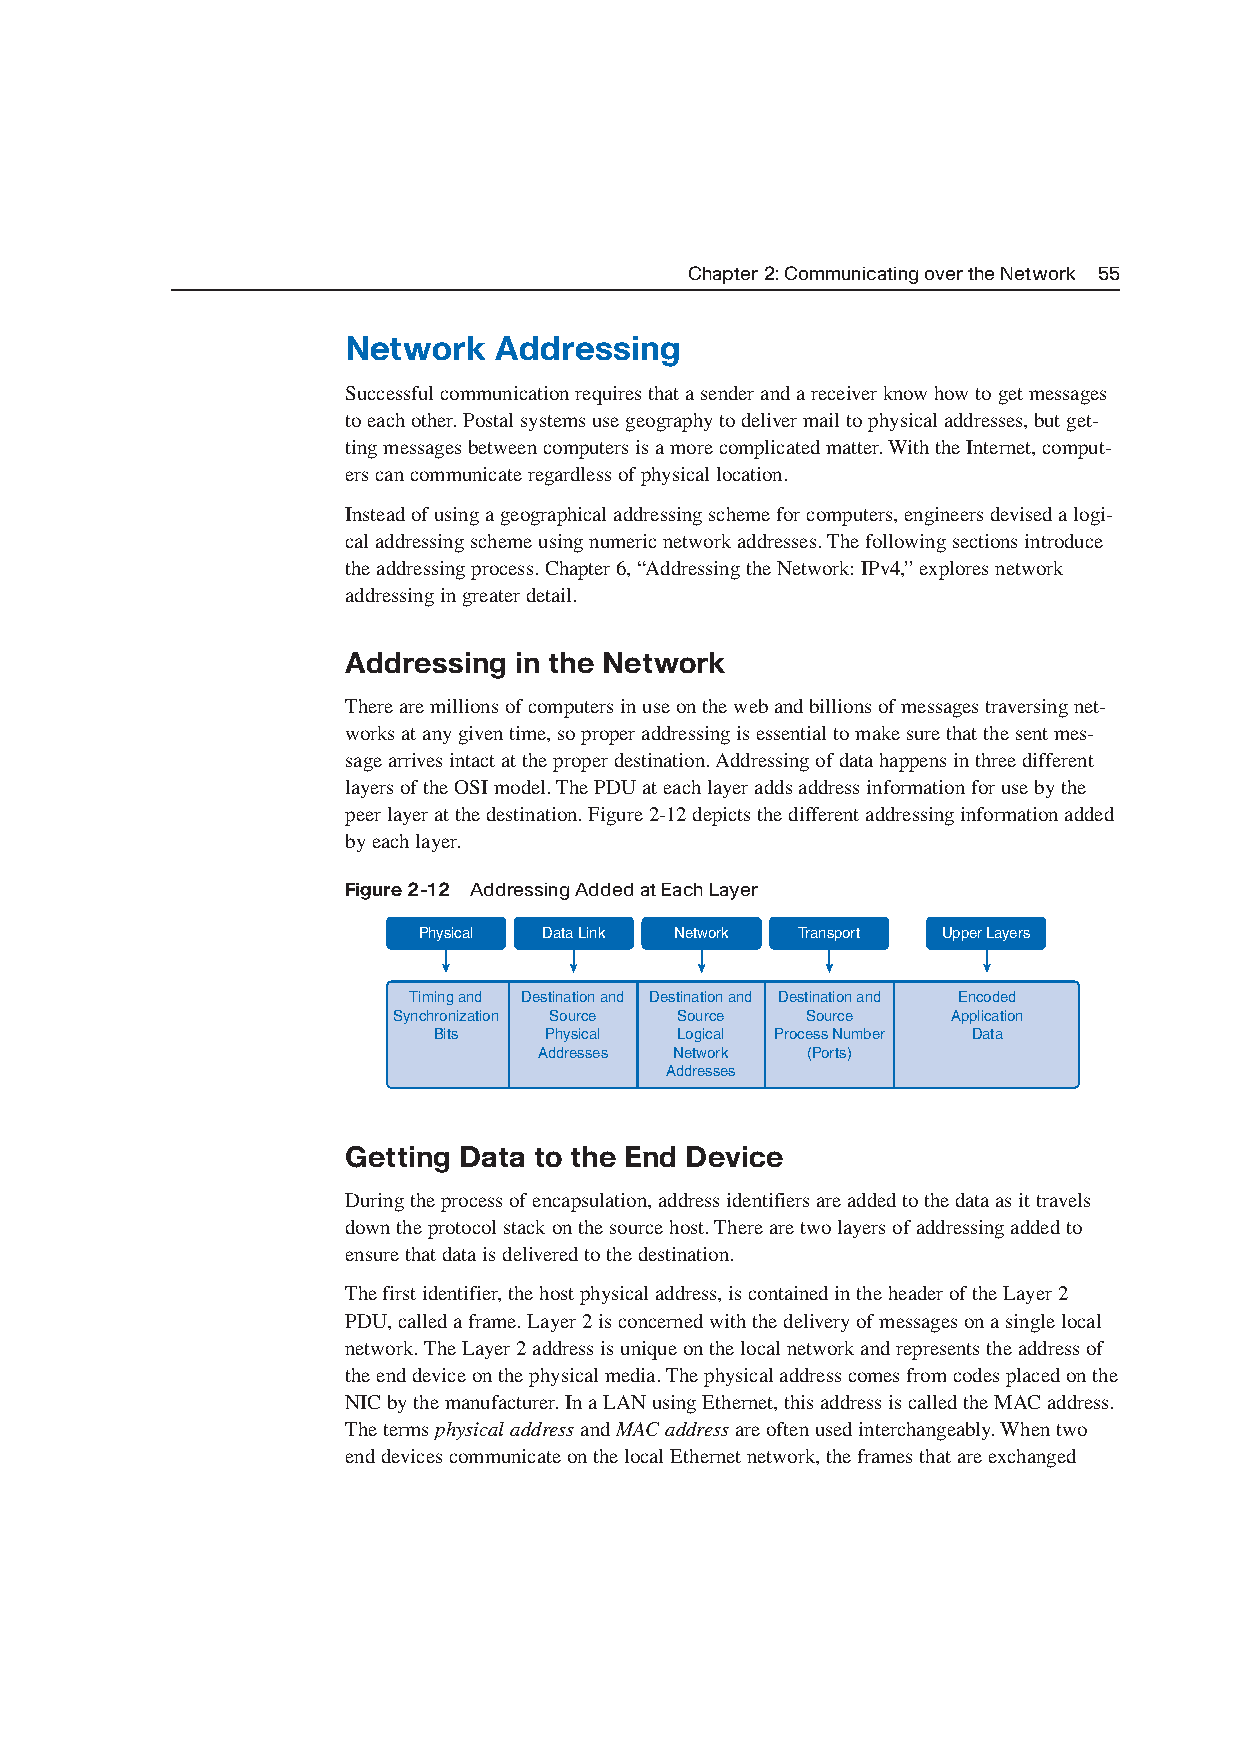
Chapter 2: Communicating over the Network 55
 Network   Addressing
 Successful communication requires that a sender and a receiver know how to get messages
 to each other. Postal systems use geography to deliver mail to physical addresses,but get-
 ting messages between computers is a more complicated matter. With the Internet,comput-
 ers can communicate regardless of physical location.
 Instead of using a geographical addressing scheme for computers,engineers devised a logi-
 cal addressing scheme using numeric network addresses. The following sections introduce
 the addressing process. Chapter 6,“Addressing the Network:IPv4,”explores network
 addressing in greater detail.
 Addressing in the Network
 There are millions of computers in use on the web and billions of messages traversing net-
 works at any given time,so proper addressing is essential to make sure that the sent mes-
 sage arrives intact at the proper destination. Addressing of data happens in three different
 layers of the OSI model. The PDU at each layer adds address information for use by the
 peer layer at the destination. Figure 2-12 depicts the different addressing information added
 by each layer.
 Figure 2-12 Addressing Added at Each Layer
 Physical Data Link Network Transport Upper Layers
 Timing and Destination and Destination and Destination and Encoded
 Synchronization Source Source Source Application
 Bits   Physical Logical Process Number Data
 Addresses Network (Ports)
 Addresses
 Getting Data to the End Device
 During the process of encapsulation,address identifiers are added to the data as it travels
 down the protocol stack on the source host. There are two layers of addressing added to
 ensure that data is delivered to the destination.
 The first identifier,thehost physical address,is contained in the header of the Layer 2
 PDU,called aframe. Layer 2 is concerned with the delivery of messages on a single local
 network. The Layer 2 address is unique on the local network and represents the address of
 the end device on the physical media. The physical address comes from codes placed on the
 NIC by the manufacturer. In a LAN using Ethernet,this address is called the MAC address.
 The terms physical addressand MAC addressare often used interchangeably. When two
 end devices communicate on the local Ethernet network,the frames that are exchanged